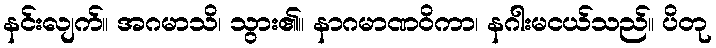
နင်းလျက်။ အဂမာသိ၊ သွား၏။ နာဂမာဏဝိကာ၊ နဂါးမငယ်သည်။ ပိတု